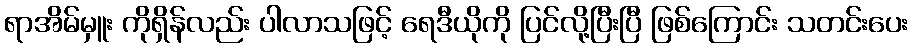
ရာအိမ်မှူး ကိုရှိန်လည်း ပါလာသဖြင့် ရေဒီယိုကို ပြင်လို့ပြီးပြီ ဖြစ်ကြောင်း သတင်းပေး